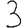
Digit: 3